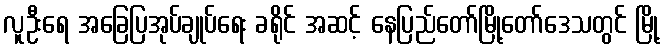
လူဦးရေ အခြေပြအုပ်ချုပ်ရေး ခရိုင် အဆင့် နေပြည်တော်မြို့တော်ဒေသတွင် မြို့